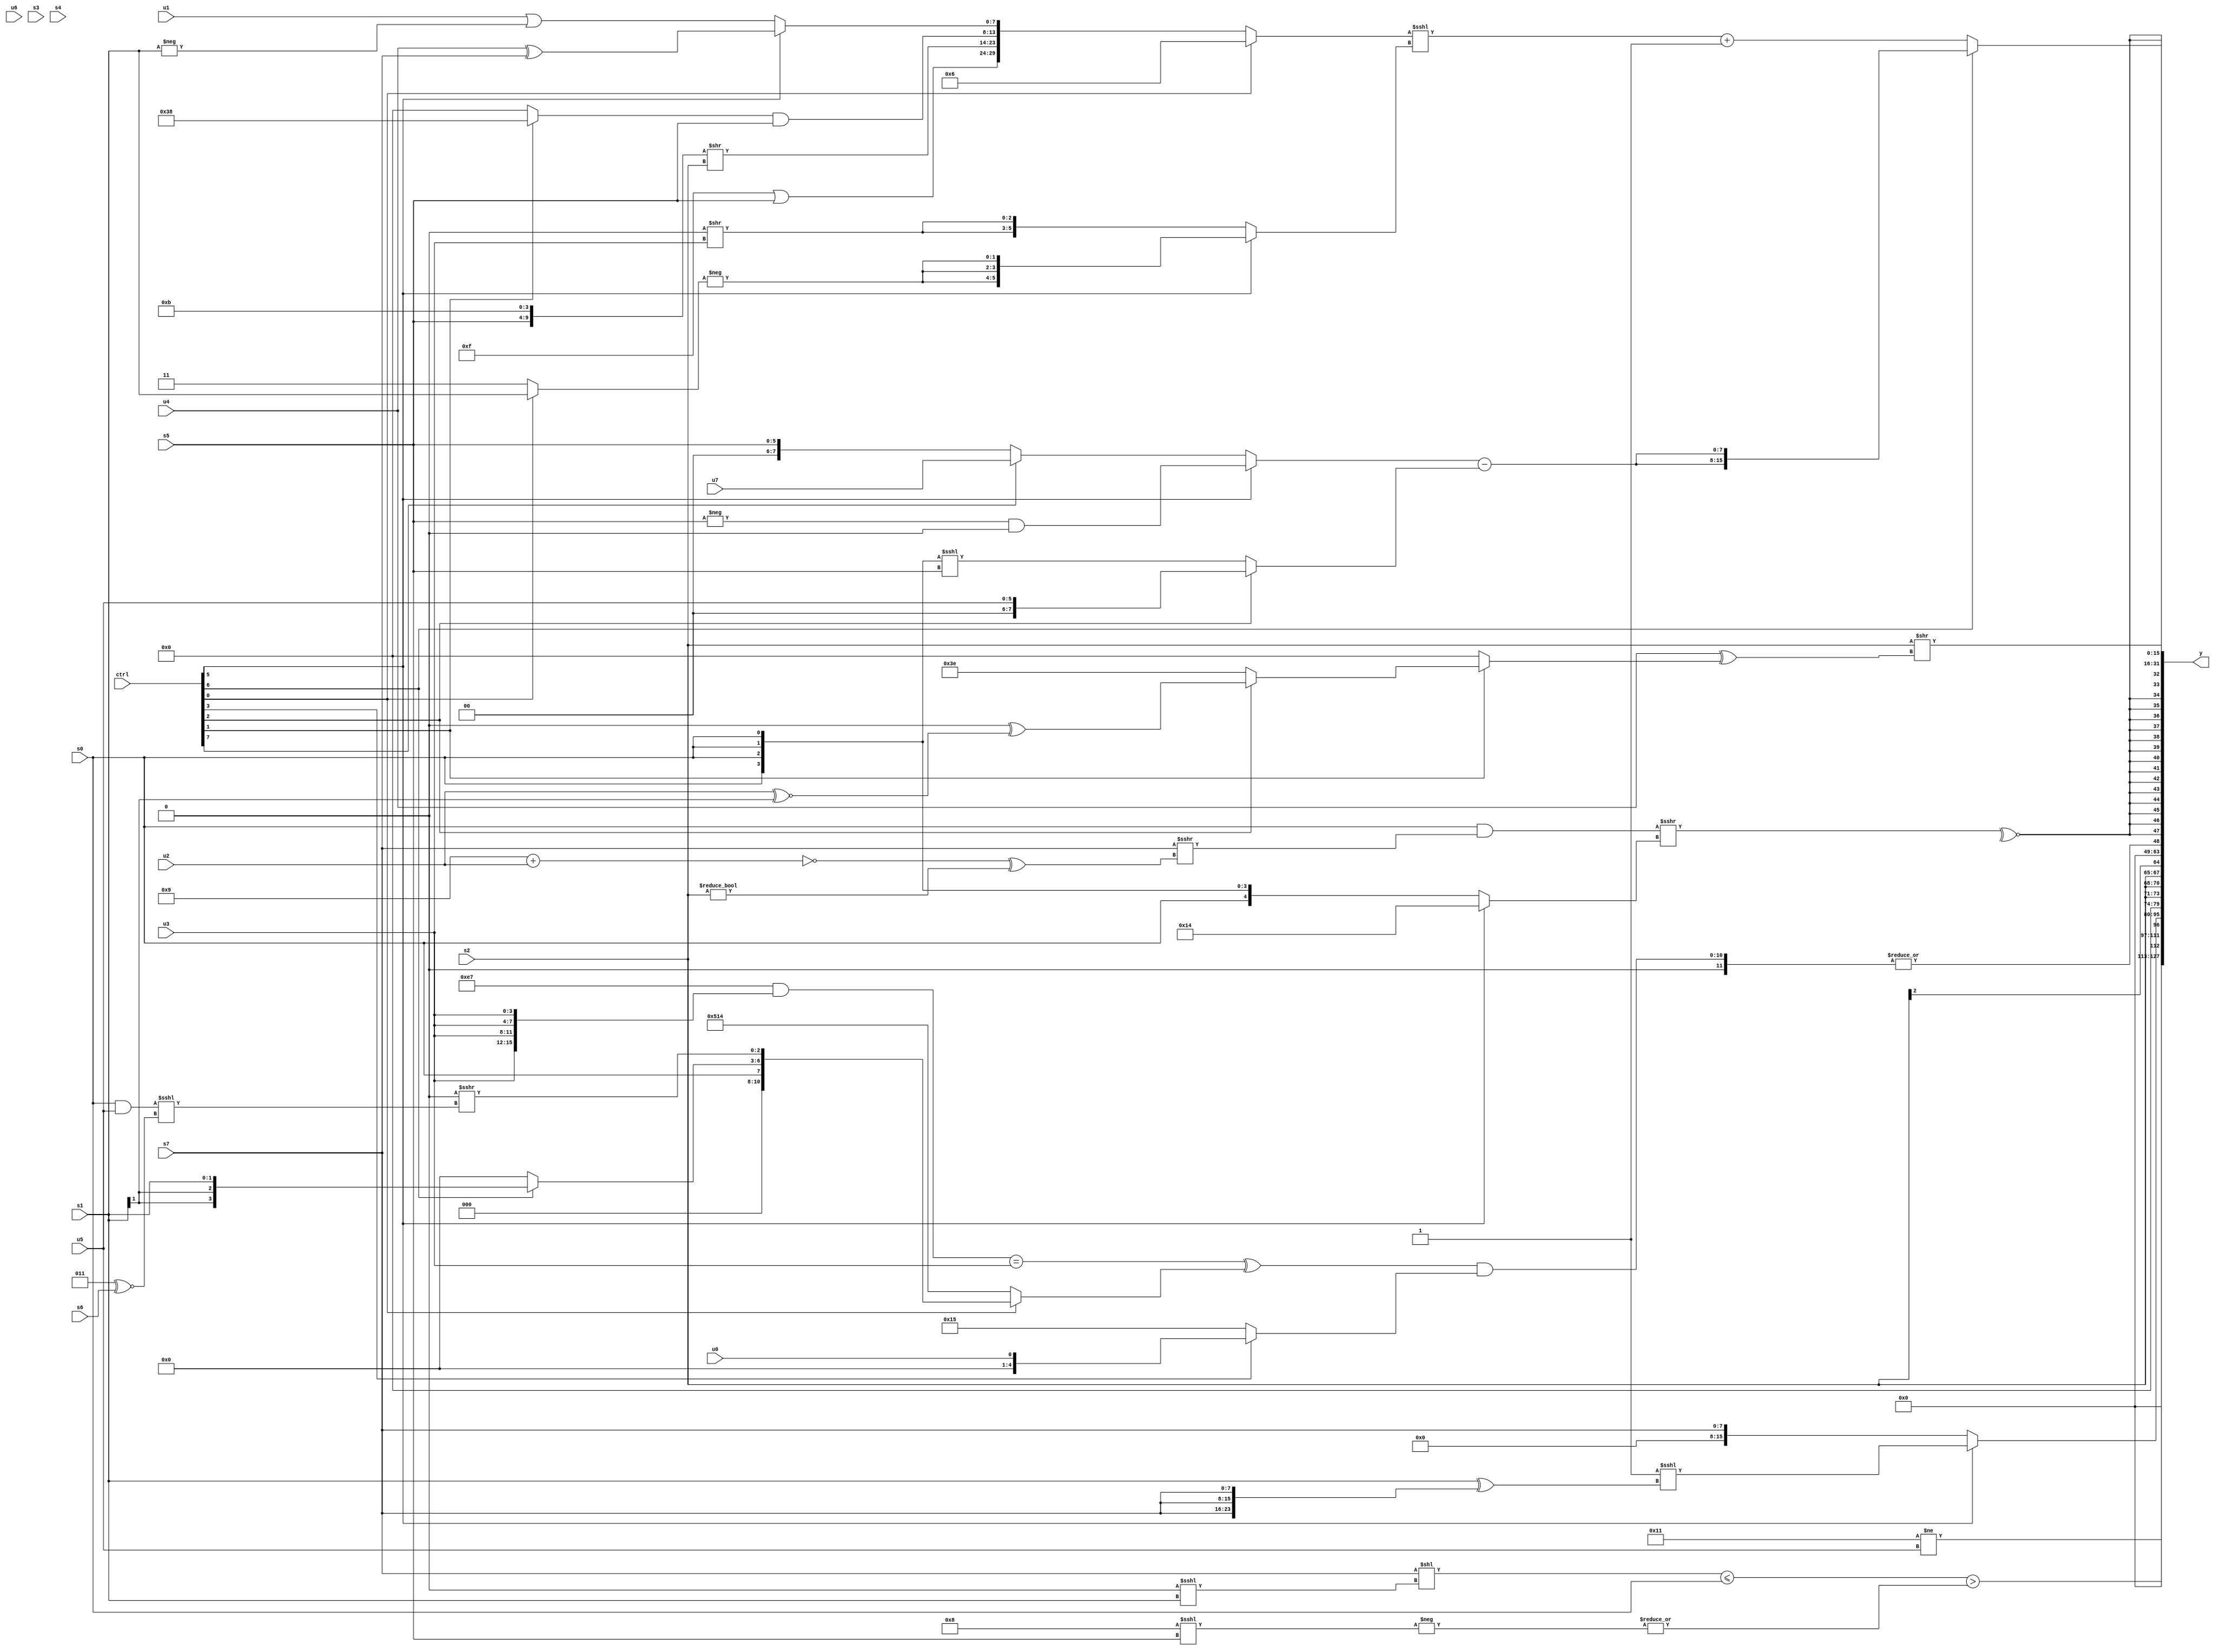
module wideexpr_00585(ctrl, u0, u1, u2, u3, u4, u5, u6, u7, s0, s1, s2, s3, s4, s5, s6, s7, y);
  input [7:0] ctrl;
  input [0:0] u0;
  input [1:0] u1;
  input [2:0] u2;
  input [3:0] u3;
  input [4:0] u4;
  input [5:0] u5;
  input [6:0] u6;
  input [7:0] u7;
  input signed [0:0] s0;
  input signed [1:0] s1;
  input signed [2:0] s2;
  input signed [3:0] s3;
  input signed [4:0] s4;
  input signed [5:0] s5;
  input signed [6:0] s6;
  input signed [7:0] s7;
  output [127:0] y;
  wire [15:0] y0;
  wire [15:0] y1;
  wire [15:0] y2;
  wire [15:0] y3;
  wire [15:0] y4;
  wire [15:0] y5;
  wire [15:0] y6;
  wire [15:0] y7;
  assign y = {y0,y1,y2,y3,y4,y5,y6,y7};
  assign y0 = {(5'b10001)!=(u5)};
  assign y1 = (((s7)<<((+(4'sb0000))<<<(s1)))<=(+($signed(s0))))>(|(-((5'sb11000)<<<($signed(s5)))));
  assign y2 = (ctrl[5]?(+(3'b001))<<<((s1)^({{2{s7}},s7})):+(s7));
  assign y3 = ({4{s2}})>>(~(2'b01));
  assign y4 = |((({$signed((({2{5'sb00111}})&({4{u3}}))==(+($signed(u3))))})^((ctrl[0]?{s0,(ctrl[6]?(ctrl[6]?s1:s0):4'sb0000),((3'sb001)&($signed(3'sb000)))>>>(((s0)&(u5))<<<((5'sb00011)^~(s6)))}:{2{6'sb010100}})))&($signed((ctrl[3]?u0:6'b010101))));
  assign y5 = $signed(~^(((s0)&((s7)>>>((~((5'sb01001)+(u2)))^($signed((3'sb000)!=(s2))))))>>>((ctrl[5]?$signed(+(5'sb10100)):s0))));
  assign y6 = (s2)>>((u4)^($signed($signed((ctrl[1]?(ctrl[2]?($signed({2'sb00}))^(($signed(u2))^~((s1)>>>(3'b101))):+(3'sb110)):(6'sb001100)<<({2{4'sb1010}}))))));
  assign y7 = (ctrl[6]?$unsigned({2{((ctrl[5]?(-(s5))&(2'sb00):+(+((ctrl[7]?u7:s5)))))-((ctrl[2]?$signed(u5):+(({4{s0}})<<<(s5))))}}):(((ctrl[0]?{3'sb110}:{($unsigned(+(5'sb01111)))|(s5),({$signed(s5),$signed(4'b1011)})>>(+(s2)),((ctrl[1]?5'sb11000:(s5)<<(5'sb00111)))&(s5),(ctrl[5]?(+(u4))^(+(s7)):(+(u1))|(-(s1)))}))<<<((ctrl[5]?{3{-((ctrl[0]?s1:2'b11))}}:{2{(((s2)+(s2))<<(4'sb0110))>>(u3)}})))+((5'b00101)<({3{(6'b001011)-(~|($unsigned(6'sb100111)))}})));
endmodule